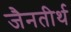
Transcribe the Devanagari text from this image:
जैनतीर्थ